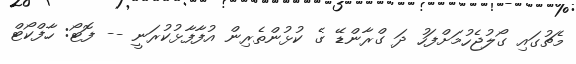
މެޗުގައި ގޯލުޖެހުމަށްފަހު ދަ ގްރާންޑޭ ގެ ކުޅުންތެރިން އުފާފާޅުކުރަނީ -- ފޮޓޯ: ހާފްކޯޓް